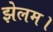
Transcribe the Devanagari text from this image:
झेलम।